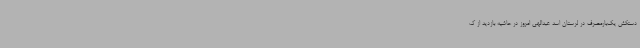
دستکش یک‌بارمصرف در لرستان اسد عبدالهی امروز در حاشیه بازدید از ک